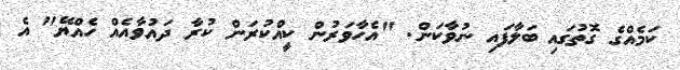
ކަމެއްގެ ގޮތުގައި ބަލާފައި ނުވާކަން. "އެހާވަރުން ކީއްކުރަން ކުރާ ދައުވާއެއް ހެއްޔޭ" އެ